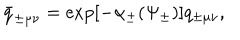
\bar { q } _ { \pm \mu \nu } = \exp [ - \alpha _ { \pm } ( \Psi _ { \pm } ) ] q _ { \pm \mu \nu } ,